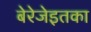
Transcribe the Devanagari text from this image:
बेरेजेइतका